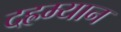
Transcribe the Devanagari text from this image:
दह्रम्यान